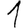
Digit: 1